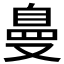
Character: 𱑽